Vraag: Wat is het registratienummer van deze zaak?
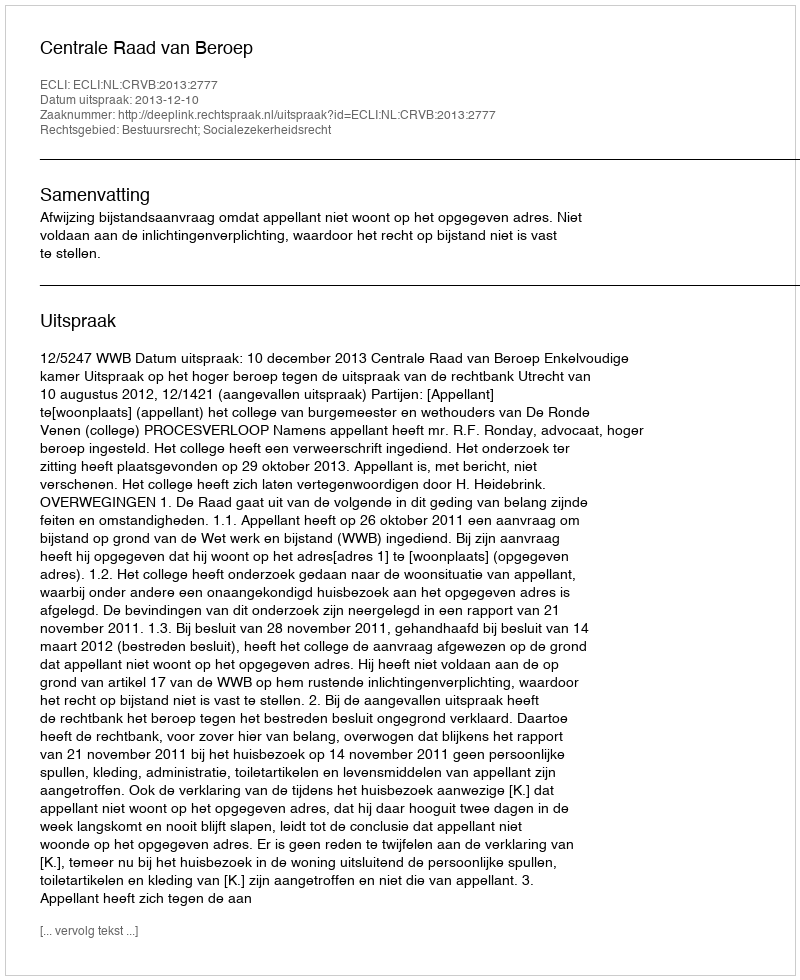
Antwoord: http://deeplink.rechtspraak.nl/uitspraak?id=ECLI:NL:CRVB:2013:2777